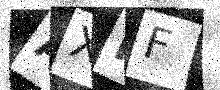
Text: AXMF